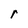
Character: r